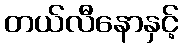
တယ်လီနောနှင့်